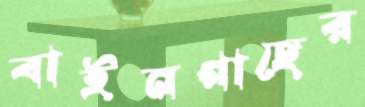
বাইনগাছের